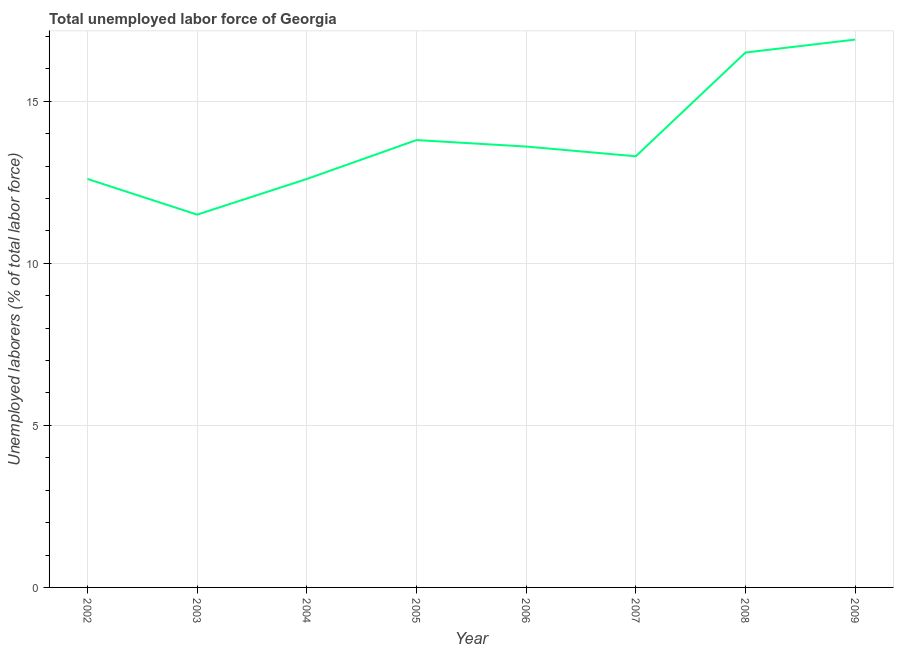
| Year | Unemployment total |
 | --- | --- |
 | 2002 | 12.6 |
 | 2003 | 11.5 |
 | 2004 | 12.6 |
 | 2005 | 13.8 |
 | 2006 | 13.6 |
 | 2007 | 13.3 |
 | 2008 | 16.5 |
 | 2009 | 16.9 |